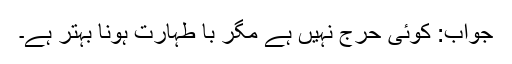
جواب: کوئی حرج نہیں ہے مگر با طہارت ہونا بہتر ہے۔